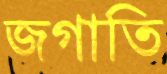
জগাতি